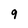
Character: 9